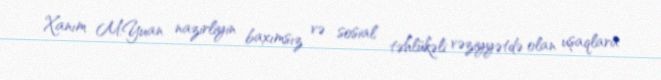
Xanım M.Yuan nazirliyin baxımsız və sosial təhlükəli vəziyyətdə olan uşaqlara